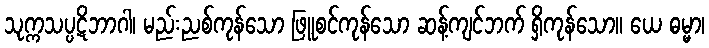
သုက္ကသပ္ပဋိဘာဂါ၊ မည်းညစ်ကုန်သော ဖြူစင်ကုန်သော ဆန့်ကျင်ဘက် ရှိကုန်သော။ ယေ ဓမ္မာ၊